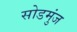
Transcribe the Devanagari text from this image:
सोडमुंज